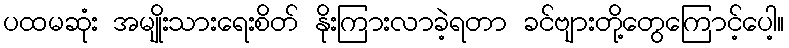
ပထမဆုံး အမျိုးသားရေးစိတ် နိုးကြားလာခဲ့ရတာ ခင်ဗျားတို့တွေကြောင့်ပေါ့။